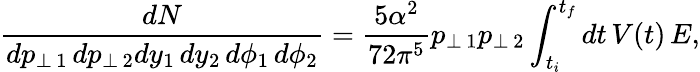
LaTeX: \frac{dN}{dp_{\perp\, 1}\, dp_{\perp\, 2}dy_{1}\, dy_{2}\, d\phi_{1}\, d\phi_{2}}=\frac{5\alpha^{2}}{72\pi^{5}}p_{\perp\, 1}p_{\perp\, 2}\int_{t_{i}}^{t_{f}}dt\, V(t)\, E,